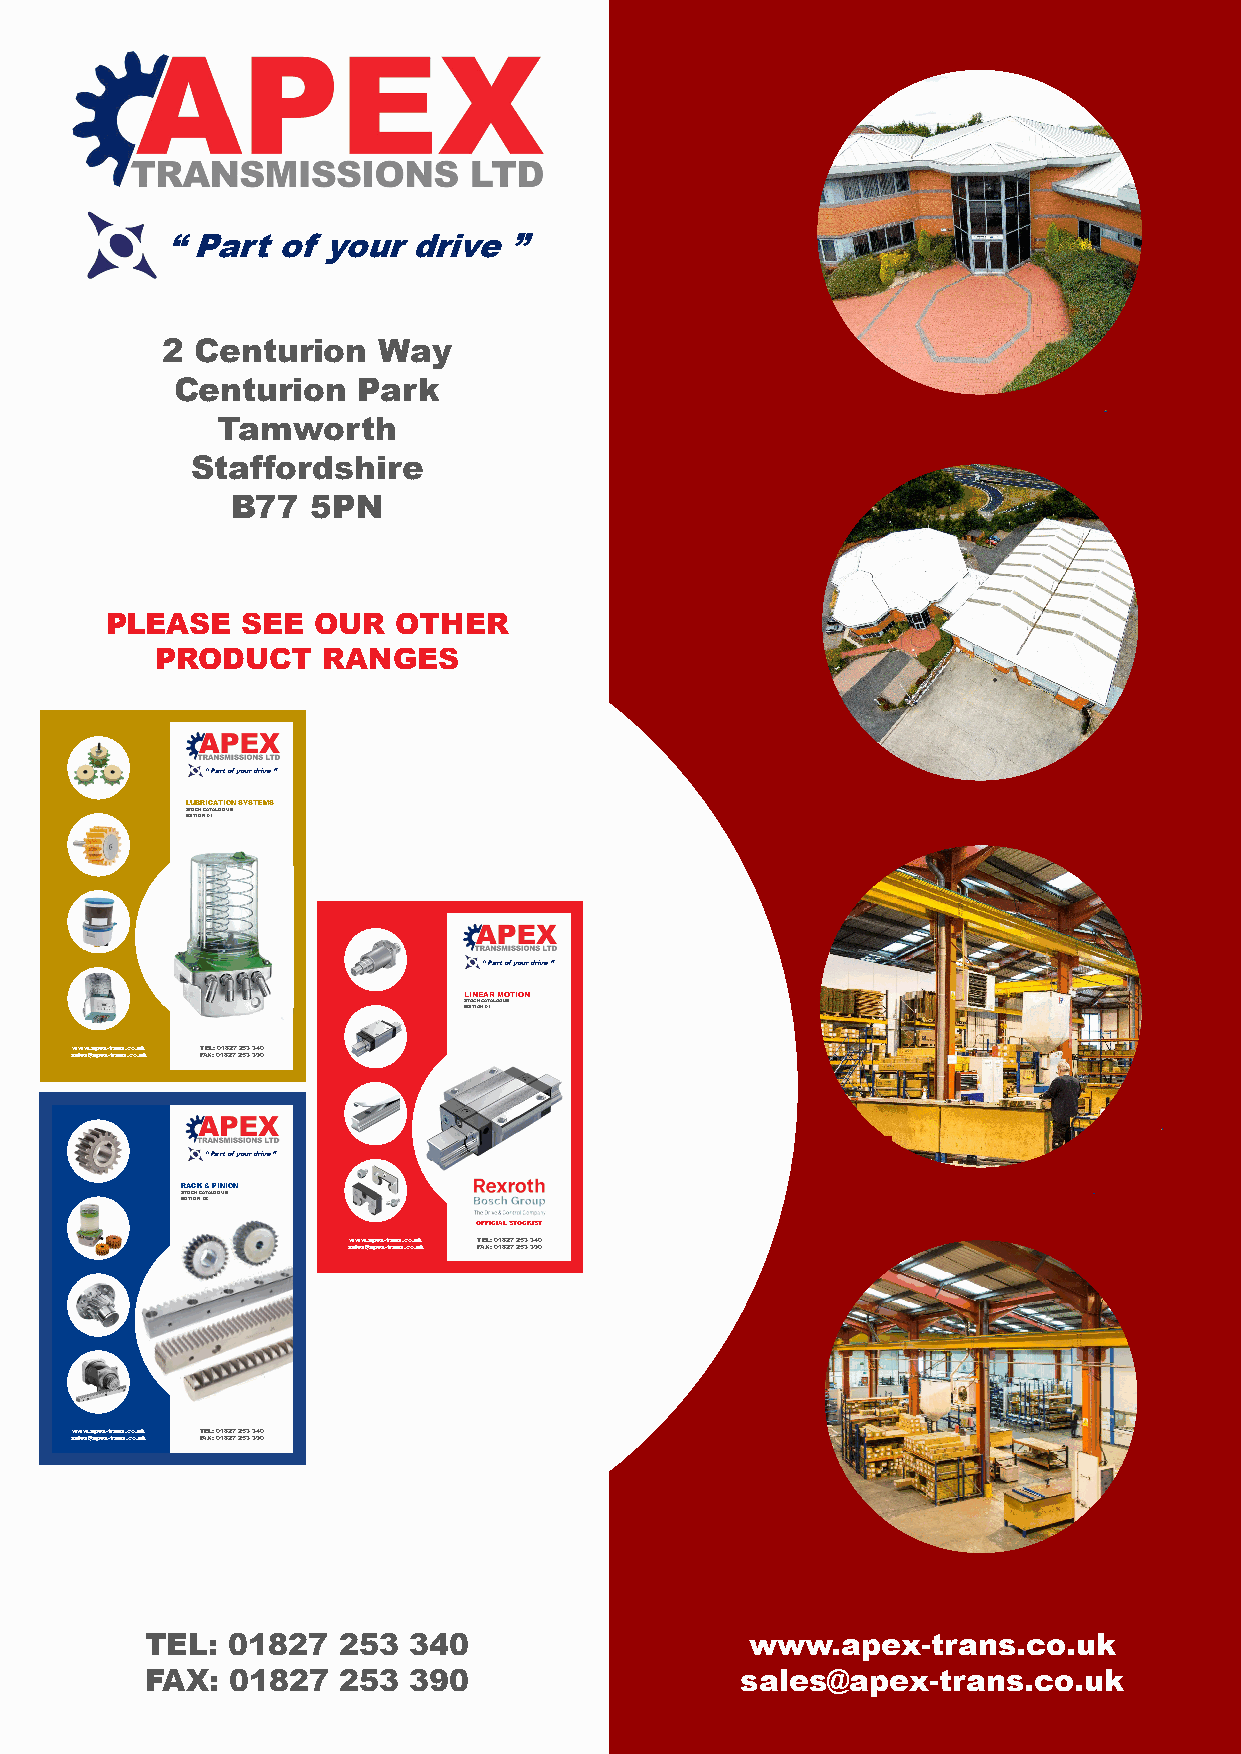
“ Part of your  drive  ”
 2 Centurion   Way
 Centurion   Park
 Tamworth
 Staffordshire             “ Part     of  your     drive     ”
 B77   5PN
 PLEASE   SEE  OUR  OTHER
 PRODUCT    RANGES
 LUBRICATION               SYSTEMS
 STOCK    CATALOGUE
 “ Part of your drive ”
 LUBRICATION SYSTEMS EDITION 01
 SETDOITCIOKN C A01TALOGUE
 “ Part of your drive ”
 LINEAR MOTION
 SETDOITCIOKN C A01TALOGUE
 www.apex-trans.co.uk TEL: 01827 253 340
 sales@apex-trans.co.uk FAX: 01827 253 390
 “ Part of your drive ”
 RACK & PINION
 SETDOITCIOKN C A02TALOGUE
 OFFICIAL STOCKIST
 www.apex-trans.co.uk TEL: 01827 253 340
 sales@apex-trans.co.uk FAX: 01827 253 390
 www.apex-trans.co.uk TEL: 01827 253 340
 sales@apex-trans.co.uk FAX: 01827 253 390
 TEL: 01827  253  340                    www.apex-trans.co.uk
 FAX: 01827  253  390                   sales@apex-trans.co.uk
 www.apex-trans.co.uk
 sales@apex-trans.co.uk
 www.apex-trans.co.uk                 TEL:    01827      253    340
 sales@apex-trans.co.uk               FAX:    01827      253    390
 LINEAR
 MOTION
 –
 EDITION
 01